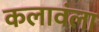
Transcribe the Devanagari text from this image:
कलावंला